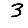
Digit: 3